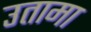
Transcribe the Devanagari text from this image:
उतामा